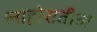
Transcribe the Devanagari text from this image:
लाहोरातील